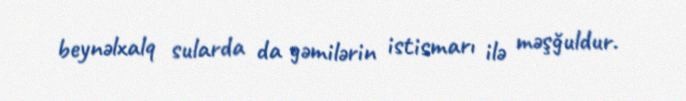
beynəlxalq sularda da gəmilərin istismarı ilə məşğuldur.